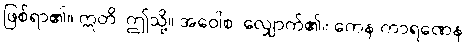
ဖြစ်ရာ၏။ ဣတိ၊ ဤသို့။ အဝေါစ၊ လျှောက်၏။ ကေန ကာရဏေန၊